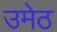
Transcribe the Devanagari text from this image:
उमेठ